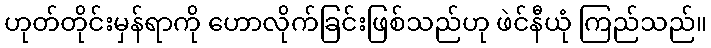
ဟုတ်တိုင်းမှန်ရာကို ဟောလိုက်ခြင်းဖြစ်သည်ဟု ဖဲင်နီယုံ ကြည်သည်။